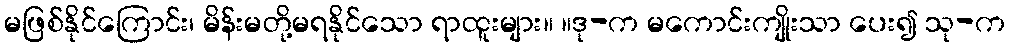
မဖြစ်နိုင်ကြောင်း၊ မိန်းမတို့မရနိုင်သော ရာထူးများ။ ။ဒု-က မကောင်းကျိုးသာ ပေး၍ သု-က